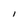
Character: I